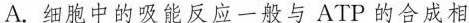
A.细胞中的吸能反应一般与ATP的合成相